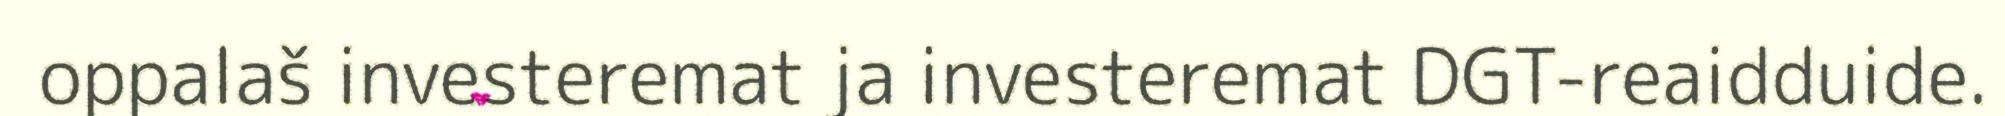
oppalaš investeremat ja investeremat DGT-reaidduide.